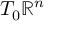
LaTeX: T _ { 0 } \mathbb { R } ^ { n }